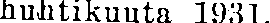
huhtikuuta 1931.